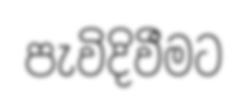
පැවිදිවීමට